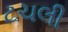
ટચલી